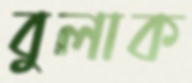
বুলাক